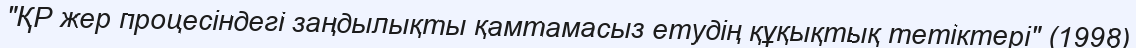
"ҚР жер процесіндегі заңдылықты қамтамасыз етудің құқықтық тетіктері" (1998)